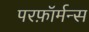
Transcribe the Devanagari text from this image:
परफ़ॉर्मन्स